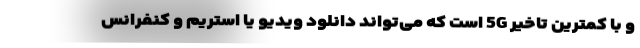
و با کمترین تاخیر 5G است که می‌تواند دانلود ویدیو یا استریم و کنفرانس